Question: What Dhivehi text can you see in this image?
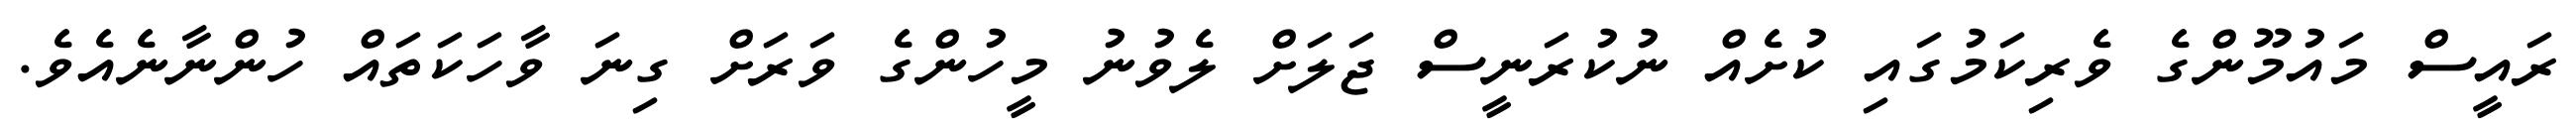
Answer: ރައީސް މައުމޫންގެ ވެރިކަމުގައި ކުށެއް ނުކުރަނީސް ޖަލަށް ލެވުނު މީހުންގެ ވަރަށް ގިނަ ވާހަކަތައް ހުންނާނެއެވެ.